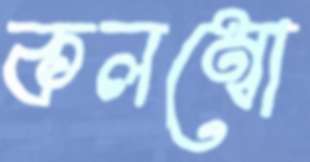
কলম্বো